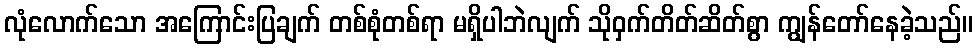
လုံလောက်သော အကြောင်းပြချက် တစ်စုံတစ်ရာ မရှိပါဘဲလျက် သိုဝှက်တိတ်ဆိတ်စွာ ကျွန်တော်နေခဲ့သည်။